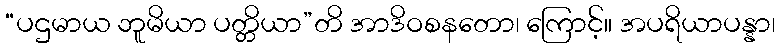
“ပဌမာယ ဘူမိယာ ပတ္တိယာ”တိ အာဒိဝစနတော၊ ကြောင့်။ အပရိယာပန္နာ၊